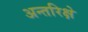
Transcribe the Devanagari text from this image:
अन्तरिक्षे